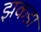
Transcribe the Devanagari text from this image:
झकडा